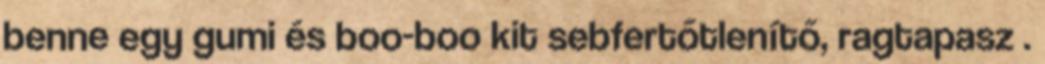
benne egy gumi és boo-boo kit sebfertőtlenítő, ragtapasz .